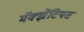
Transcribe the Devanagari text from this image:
मॅक्झेंटियस